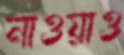
নাওয়াও